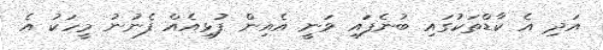
އަދި އެ ކާޑްތަކުގައި ބުނެފައި ވަނީ އެއިން ފުޅިއެއް ފެނުނު މީހަކު އެ